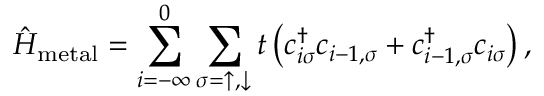
\hat { H } _ { \mathrm { m e t a l } } = \sum _ { i = - \infty } ^ { 0 } \sum _ { \sigma = \uparrow , \downarrow } t \left( c _ { i \sigma } ^ { \dagger } c _ { i - 1 , \sigma } + c _ { i - 1 , \sigma } ^ { \dagger } c _ { i \sigma } \right) ,